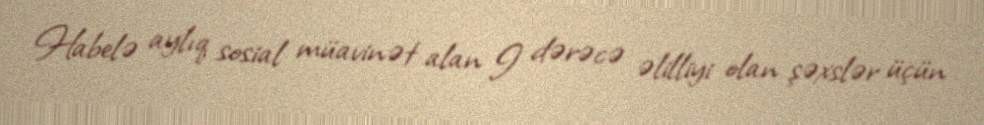
Habelə aylıq sosial müavinət alan I dərəcə əlilliyi olan şəxslər üçün